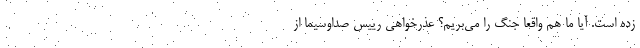
زده است. آیا ما هم واقعا جنگ را می‌بریم؟ عذرخواهی رییس صداوسیما از